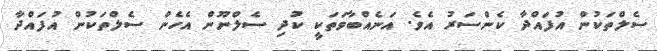
ސެލްތަކުން އުފައްދާ ކެންސަރު އެވެ. އަނެއްބާވަތަކީ ކުދި ސެލްނޫން އެހެން ސެލްތަކުން އުފައްދާ